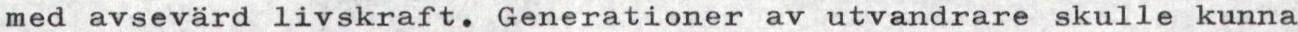
med avsevärd livskraft. Generationer av utvandrare skulle kunna